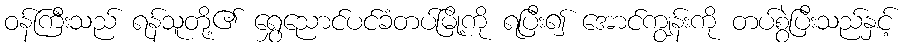
ဝန်ကြီးသည် ရန်သူတို့၏ ရွှေညောင်ပင်ခံတပ်မြို့ကို ရပြီး၍ အောင်ကျွန်းကို တပ်စွဲပြီးသည်နှင့်